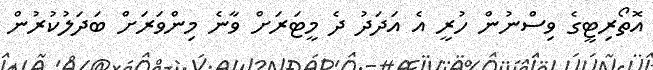
އޮތޯރިޓީގެ ވިސްނުން ހުރީ އެ އަދަދު ދެ މީޓަރަށް ވާނެ މިންވަރަށް ބަދަލުކުރުން